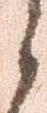
之